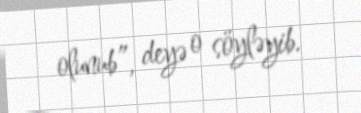
olunub”, deyə o söyləyib.